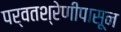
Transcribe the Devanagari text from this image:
पर्वतश्रेणीपासून